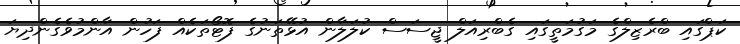
ކަޕްގައި ބްރެޒިލްގެ މަގުމަތީގައި ގެބްރިއަލް ޖީސަސް ކުލަލާން އުޅޭތަނުގެ ފޮޓޯތަކެއް ފަހުން އާންމުވެގެންދިޔަ